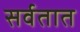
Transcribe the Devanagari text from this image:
सर्वतात